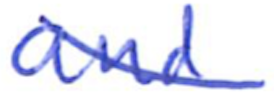
Text: and
Cross-out: mix
Writing tool: ballpoint